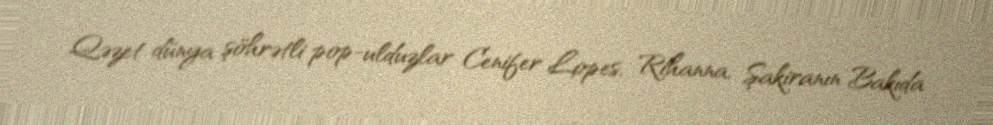
Qəzet dünya şöhrətli pop-ulduzlar Cenifer Lopes, Rihanna, Şakiranın Bakıda